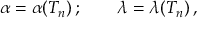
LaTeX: \alpha = \alpha ( T _ { n } ) \, ; \qquad \lambda = \lambda ( T _ { n } ) \, ,